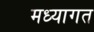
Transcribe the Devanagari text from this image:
मध्यागत